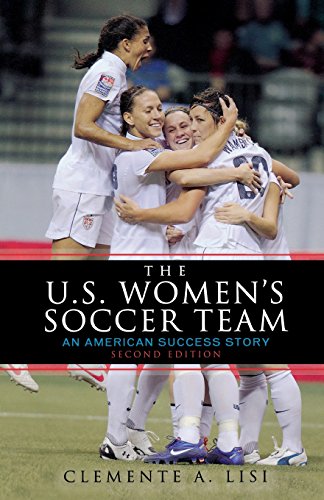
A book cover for The U.S. Women's Soccer Team: An American Success Story; Clemente A. Lisi; Sports & Outdoors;